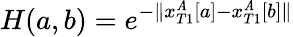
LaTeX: H(a,b)=e^{-\| {x_{T1}^{\mathit{A}}[a]-x_{T1}^{\mathit{A}}[b]\| }}